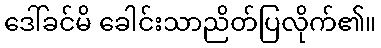
ဒေါ်ခင်မိ ခေါင်းသာညိတ်ပြလိုက်၏။